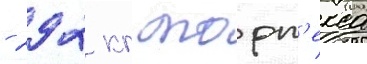
- 292 кг торп'екса